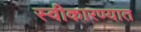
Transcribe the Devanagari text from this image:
स्‍वीकारण्‍यात